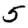
Digit: 5